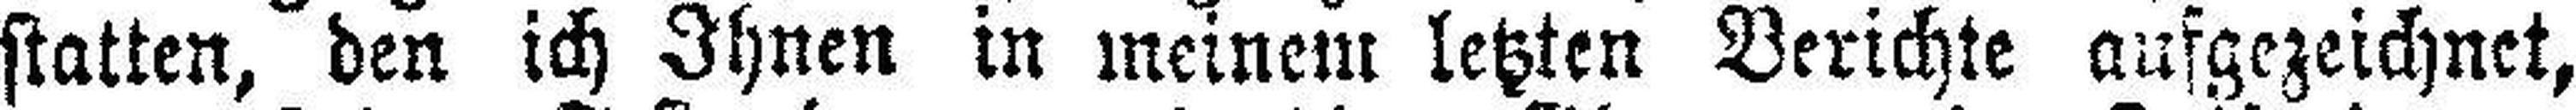
statten, den ich Ihnen in meinem letzten Berichte ausgezeichnet,